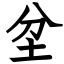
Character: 坌